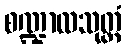
စဏ္ဍာလသုတ္တံ